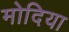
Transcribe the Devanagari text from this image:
मोदिया